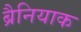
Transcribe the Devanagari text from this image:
ब्रैनियाक